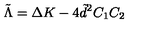
\tilde { \Lambda } = \Delta K - 4 \tilde { d } ^ { 2 } C _ { 1 } C _ { 2 }